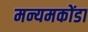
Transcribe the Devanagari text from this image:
मन्यमकोंडा